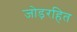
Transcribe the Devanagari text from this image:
जोड़रहित